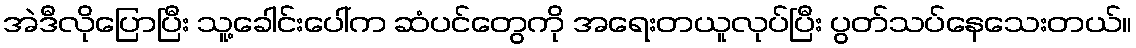
အဲဒီလိုပြောပြီး သူ့ခေါင်းပေါ်က ဆံပင်တွေကို အရေးတယူလုပ်ပြီး ပွတ်သပ်နေသေးတယ်။